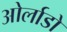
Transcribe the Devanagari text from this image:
ओर्लाडो